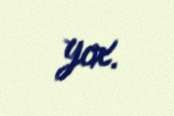
yox.